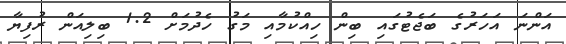
އަންނަ އަހަރުގެ ބަޖެޓުގައި ބިން ހިއްކުމާއި މަގު ހެދުމަށް 1.2 ބިލިއަން ރުފިޔާ